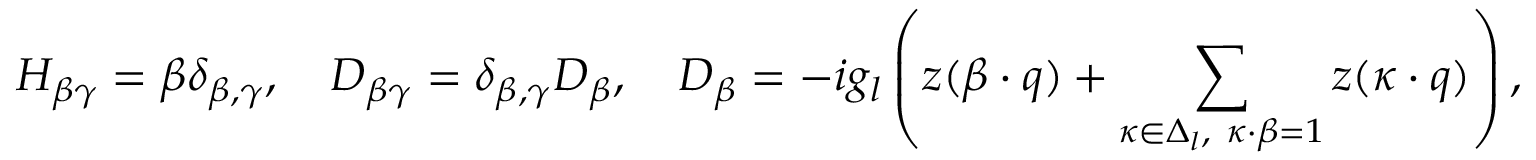
H _ { \beta \gamma } = \beta \delta _ { \beta , \gamma } , \quad D _ { \beta \gamma } = \delta _ { \beta , \gamma } D _ { \beta } , \quad D _ { \beta } = - i g _ { l } \left( z ( \beta \cdot q ) + \sum _ { \kappa \in \Delta _ { l } , \ \kappa \cdot \beta = 1 } z ( \kappa \cdot q ) \right) ,